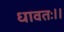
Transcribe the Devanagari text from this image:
धावतः।।